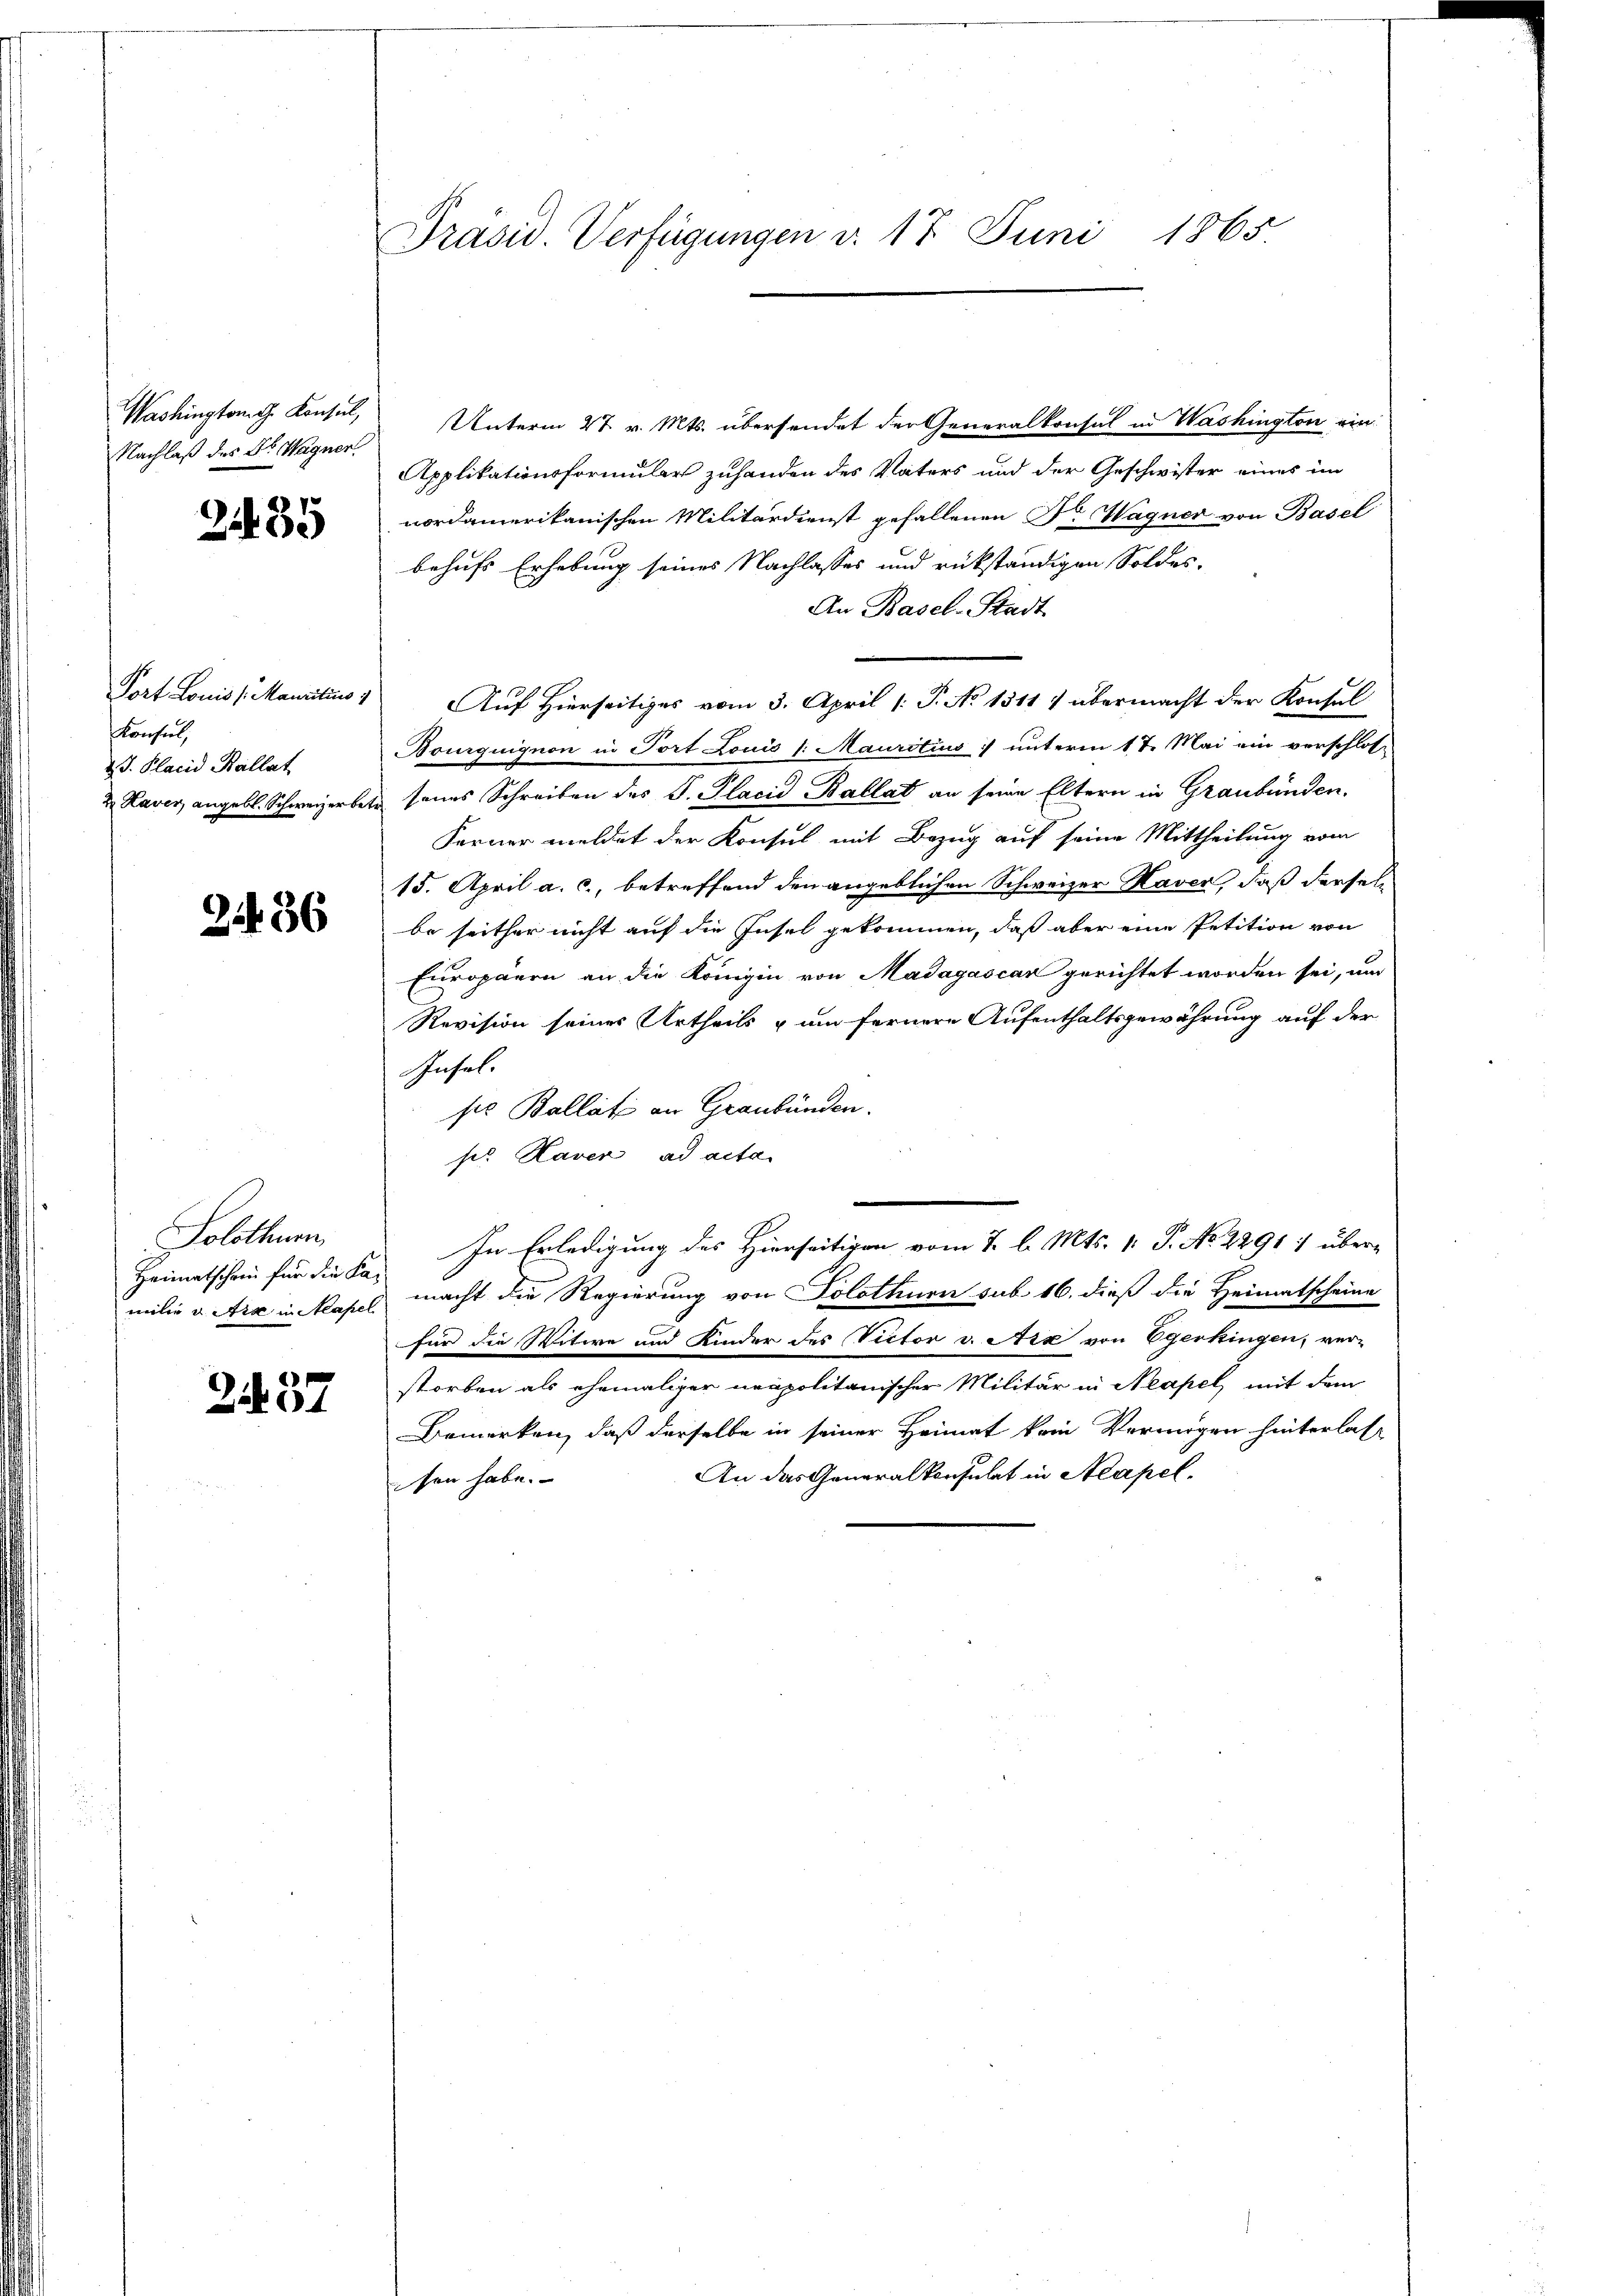
Nachlaß des Dr. Wagner

2485

Port. Louis (Mauritius 1
Konsul,
d.J. Placid Kallat

2486

Solothurn
Heimatschein für die Kan
milie u. Art in Mapel

2437

Präsid. Verfügungen v. 17. Juni 1865.

Washington Konsul, Unterm 27. v. Mts. übersendet der Generalkonsul in Washington ein
Applikationsformular zuhanden des Vaters und der Geschwister eines im
nordamerikanischen Militärdienst gefallenen Dr. Wagner von Basel
behufs Erhebung seines Nachlasses und rückständigen Soldes-
An Basel-Stadt
Auf Hierseitiges vom 3. April [ P. No 1311) übermacht der Konsul
Bourquignon in Port Louis /: Mauritius :/ unterm 17. Mai ein verschlos-
 Kaver, angebl. Schweizerbet sannes Schreiben des P. Placid Ballat an seine Eltern in Graubünden.
Ferner meldet der Konsul mit Bezug auf seine Mittheilung vom
15. April a. c., betreffend den angeblichen Schweizer Kaven, daß derselbe seither nicht auf die Insel gekommen, daß aber eine Petition von
Europäern an die Königin von Madayascar gerichtet worden sei, um
Revision seines Urtheils & um fernere Aufenthaltsgewährung auf der
Insel.
ses Ballati an Graubünden.
ses Haven ad acta
In Erledigung des Hierseitigen vom 7. l. Mts. v. P. No. 2291 1 übermacht die Regierung von Solothurn sub 16. dieß die Heimatscheine
für die Witwe und Kinder des Victor v. Aix von Egerkingen, ver-
storben als ehemaliger neapolitanischer Militär in Neapel, mit dem
Bemerken, daß derselbe in seiner Heimat kein Vermögen hinterlas-
An das Generalkonsulat in Neapel.
sen habe.